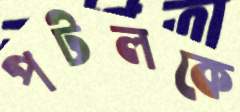
পটলকে